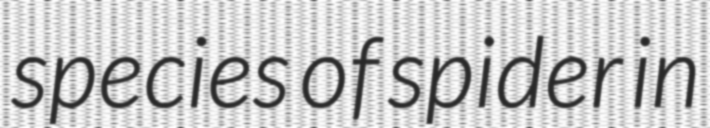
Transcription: species of spider in